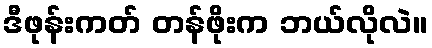
ဒီဖုန်းကတ် တန်ဖိုးက ဘယ်လိုလဲ။